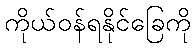
ကိုယ်ဝန်ရနိုင်ခြေကို